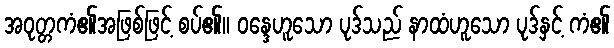
အဝုတ္တကံ၏အဖြစ်ဖြင့် စပ်၏။ ဝန္ဒေဟူသော ပုဒ်သည် နာထံဟူသော ပုဒ်နှင့် ကံ၏